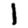
Digit: 1